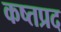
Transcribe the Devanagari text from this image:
कष्तप्रद